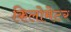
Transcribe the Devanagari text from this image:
किलोमेटर